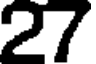
27